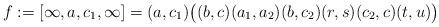
LaTeX: \begin{align*} f:=[\infty, a,c_1,\infty] = (a,c_1)\big((b,c)(a_1,a_2)(b,c_2)(r,s)(c_2,c)(t,u)\big)\end{align*}